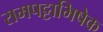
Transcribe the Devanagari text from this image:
रामपट्टाभिषेक